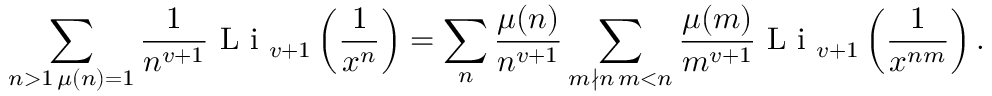
\sum _ { \substack { n > 1 \, \mu ( n ) = 1 } } \frac { 1 } { n ^ { v + 1 } } \textnormal { L i } _ { v + 1 } \left( \frac { 1 } { x ^ { n } } \right) = \sum _ { n } \frac { \mu ( n ) } { n ^ { v + 1 } } \sum _ { \substack { m \nmid n \, m < n } } \frac { \mu ( m ) } { m ^ { v + 1 } } \textnormal { L i } _ { v + 1 } \left( \frac { 1 } { x ^ { n m } } \right) .